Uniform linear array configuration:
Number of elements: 8
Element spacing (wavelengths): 0.75
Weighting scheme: exponential
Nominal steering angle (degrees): -30
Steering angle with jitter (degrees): -29.427
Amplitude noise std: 0.05
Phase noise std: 0.05

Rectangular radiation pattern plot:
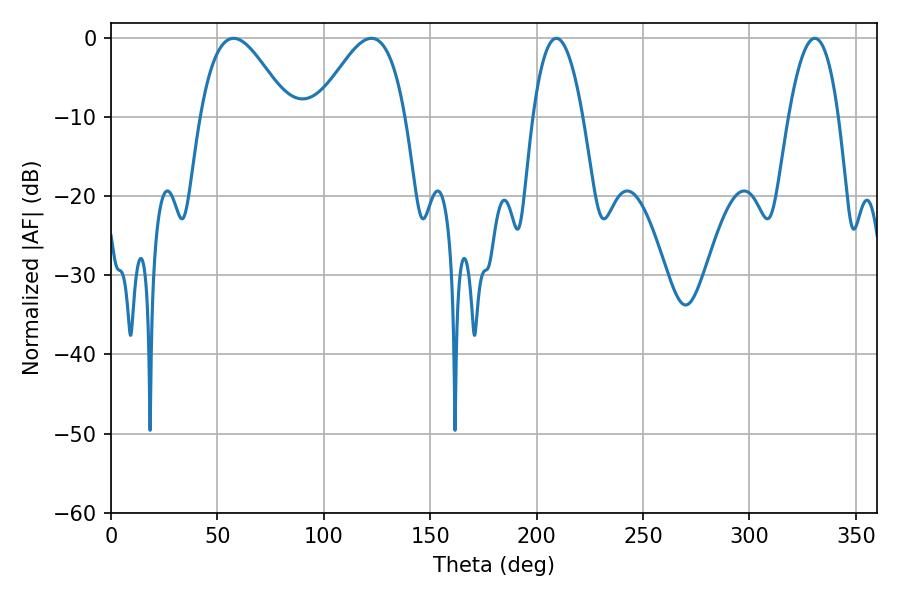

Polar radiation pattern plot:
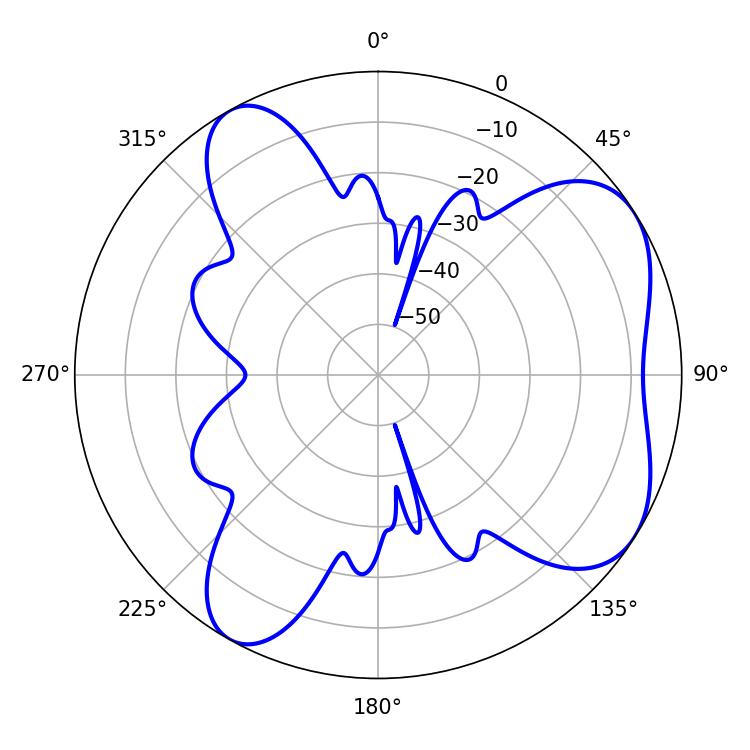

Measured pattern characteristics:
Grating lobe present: TRUE
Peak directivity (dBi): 5.845
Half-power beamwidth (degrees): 22.32
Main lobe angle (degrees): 57.6